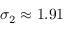
\sigma _ { 2 } \approx 1 . 9 1